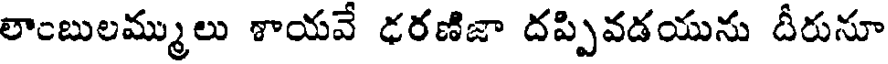
లాంబులమ్ములు శాయవే ఢరణిజా దప్పివడయును దీరునూ